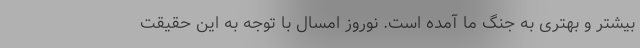
بیشتر و بهتری به جنگ ما آمده است. نوروز امسال با توجه به این حقیقت